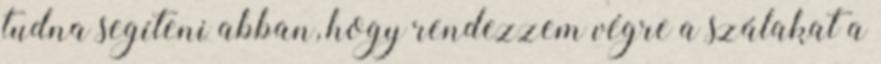
tudna segíteni abban, hogy rendezzem végre a szálakat a